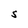
Character: S